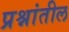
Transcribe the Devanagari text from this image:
प्रश्नांतील